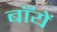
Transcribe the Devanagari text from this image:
बाँयें